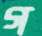
গ